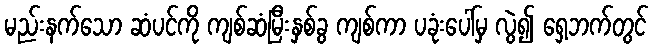
မည်းနက်သော ဆံပင်ကို ကျစ်ဆံမြီးနှစ်ခွ ကျစ်ကာ ပခုံးပေါ်မှ လွဲ၍ ရှေ့ဘက်တွင်